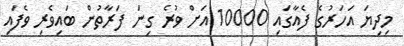
މިދިޔަ އަހަރުގެ ފެއާގައި 10000 އަށް ވުރެ ގިނަ ފަރާތުން ބައިވެރި ވެފައި